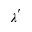
\lambda ^ { ' }